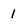
Character: 1